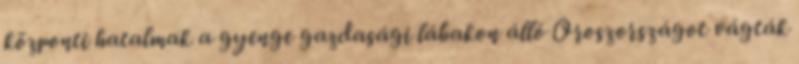
központi hatalmak a gyenge gazdasági lábakon álló Oroszországot vágták